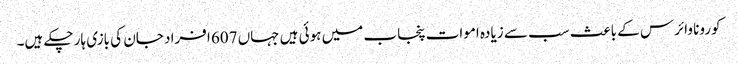
کورونا وائرس کے باعث سب سے زیادہ اموات پنجاب میں ہوئی ہیں جہاں 607 افراد جان کی بازی ہار چکے ہیں۔